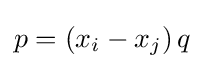
p=(x_{i}-x_{j})\,q